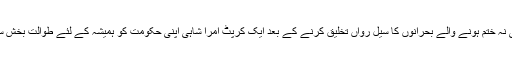
ایک کبھی نہ ختم ہونے والے بحرانوں کا سیلِ رواں تخلیق کرنے کے بعد ایک کرپٹ امرا شاہی اپنی حکومت کو ہمیشہ کے لئے طوالت بخش سکتی ہے۔